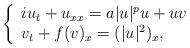
LaTeX: \begin{align*}\left\{ \begin{array}{llll} iu_{t}+u_{xx}=a|u|^pu+uv\\ v_t+f(v)_x=(|u|^2)_x,\\ \end{array}\right.\end{align*}